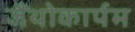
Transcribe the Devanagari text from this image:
जैंथोकार्पम